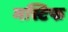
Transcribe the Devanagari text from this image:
मस्टिफ